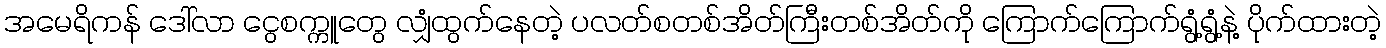
အမေရိကန် ဒေါ်လာ ငွေစက္ကူတွေ လျှံထွက်နေတဲ့ ပလတ်စတစ်အိတ်ကြီးတစ်အိတ်ကို ကြောက်ကြောက်ရွံ့ရွံ့နဲ့ ပိုက်ထားတဲ့